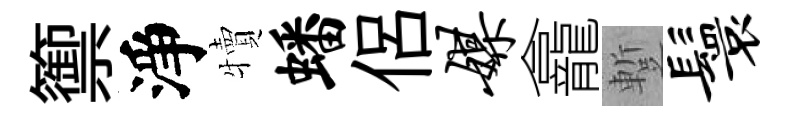
籞淨犢蟠侶媒龕蹔鬟